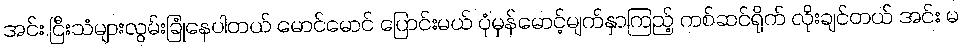
အင်း.ငြီးသံများလွမ်းခြုံနေပါတယ် မောင်မောင် ပြောင်းမယ် ပုံမှန်မောင့်မျက်နှာကြည့် ကစ်ဆင်ရိုက် လိုးချင်တယ် အင်း မ